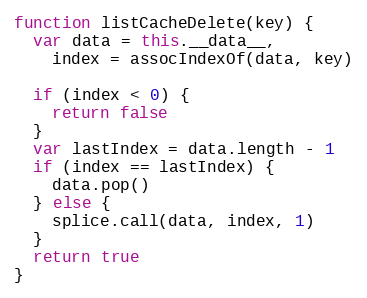
Language: JavaScript
function listCacheDelete(key) {
  var data = this.__data__,
    index = assocIndexOf(data, key)

  if (index < 0) {
    return false
  }
  var lastIndex = data.length - 1
  if (index == lastIndex) {
    data.pop()
  } else {
    splice.call(data, index, 1)
  }
  return true
}